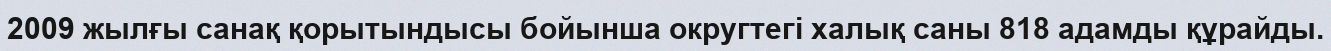
2009 жылғы санақ қорытындысы бойынша округтегі халық саны 818 адамды құрайды.